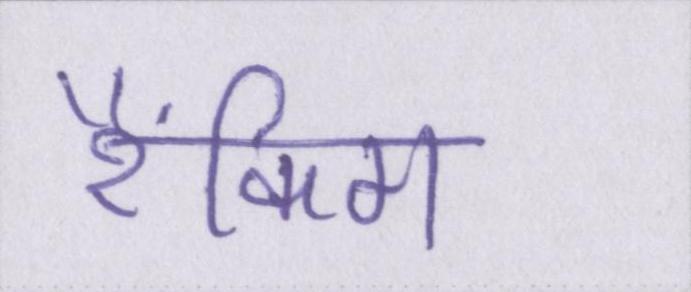
रैंकिग